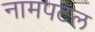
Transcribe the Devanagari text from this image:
नामपटल